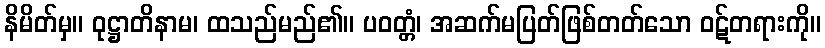
နိမိတ်မှ။ ဝုဋ္ဌာတိနာမ၊ ထသည်မည်၏။ ပဝတ္တံ၊ အဆက်မပြတ်ဖြစ်တတ်သော ဝဋ်တရားကို။